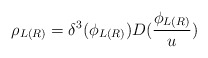
\begin{align*}\rho _{L(R)}=\delta ^3(\phi _{L(R)})D(\frac{\phi _{L(R)}}u)\end{align*}